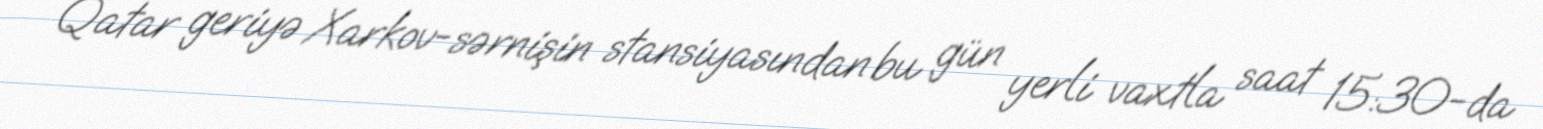
Qatar geriyə Xarkov-sərnişin stansiyasından bu gün yerli vaxtla saat 15:30-da